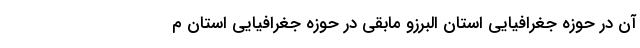
آن در حوزه جغرافیایی استان البرزو مابقی در حوزه جغرافیایی استان م